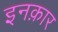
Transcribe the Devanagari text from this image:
इनक़ार